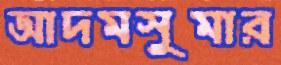
আদমসুমার